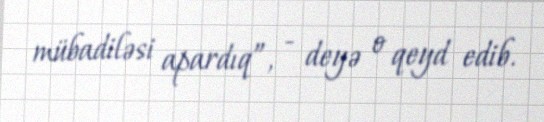
mübadiləsi apardıq”, - deyə o qeyd edib.